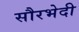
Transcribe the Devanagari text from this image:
सौरभेदी